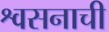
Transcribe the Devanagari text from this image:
श्वसनाची